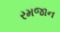
રમજાન